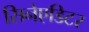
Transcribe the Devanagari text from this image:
सिनेएडिटर